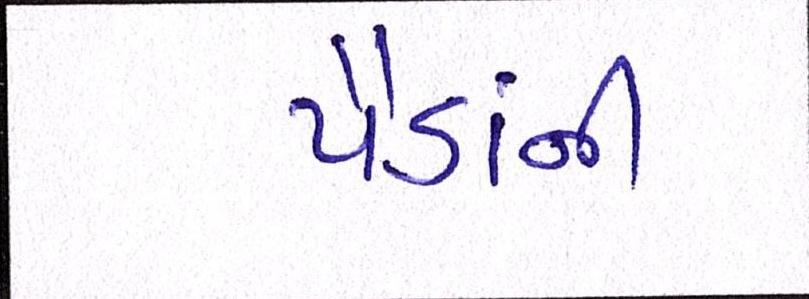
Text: પૈડાંની